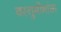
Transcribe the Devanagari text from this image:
वस्तुमीमांसा